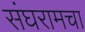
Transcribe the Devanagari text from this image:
संघरामचा